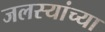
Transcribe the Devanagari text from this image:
जलस्यांच्या